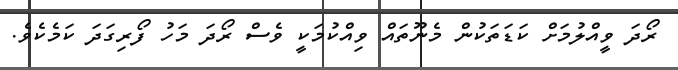
ރޯދަ ވީއްލުމަށް ކަޑަތަކުން މެނޫތައް ވިއްކުމަކީ ވެސް ރޯދަ މަހު ފޯރިގަދަ ކަމެކެވެ.